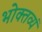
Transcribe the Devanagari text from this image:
भोक्तव्यं